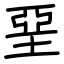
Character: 堊